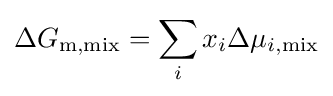
\Delta G_{\mathrm {m,mix} }=\sum _{i}x_{i}\Delta \mu _{i,\mathrm {mix} }